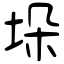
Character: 垛